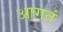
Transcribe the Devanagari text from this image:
आगतं